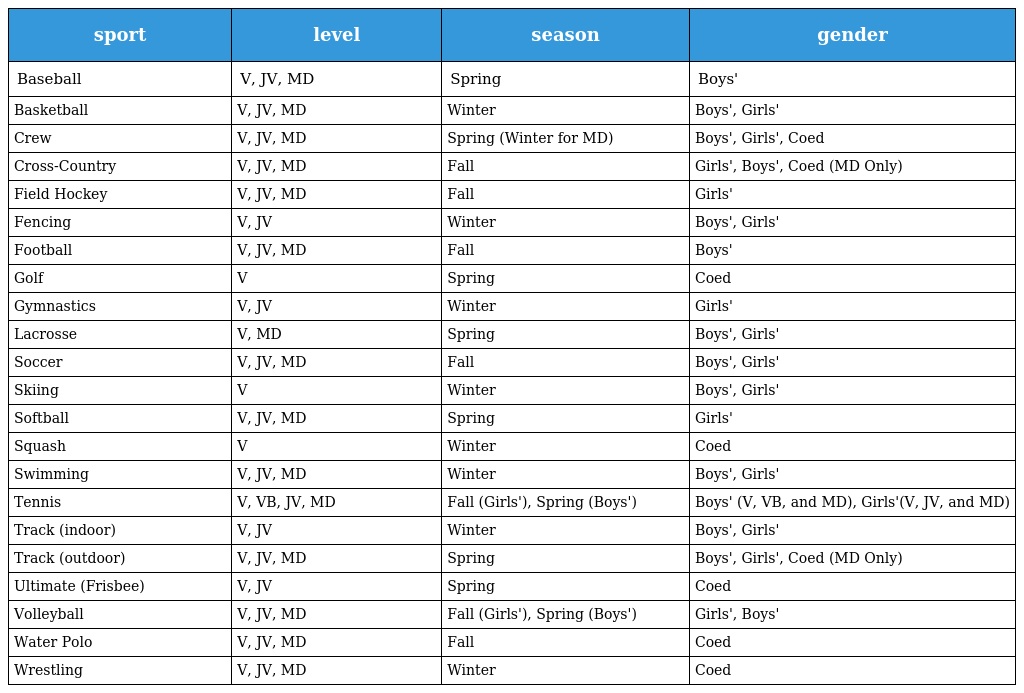
| sport | level | season | gender |
 | --- | --- | --- | --- |
 | Baseball | V, JV, MD | Spring | Boys' |
 | Basketball | V, JV, MD | Winter | Boys', Girls' |
 | Crew | V, JV, MD | Spring (Winter for MD) | Boys', Girls', Coed |
 | Cross-Country | V, JV, MD | Fall | Girls', Boys', Coed (MD Only) |
 | Field Hockey | V, JV, MD | Fall | Girls' |
 | Fencing | V, JV | Winter | Boys', Girls' |
 | Football | V, JV, MD | Fall | Boys' |
 | Golf | V | Spring | Coed |
 | Gymnastics | V, JV | Winter | Girls' |
 | Lacrosse | V, MD | Spring | Boys', Girls' |
 | Soccer | V, JV, MD | Fall | Boys', Girls' |
 | Skiing | V | Winter | Boys', Girls' |
 | Softball | V, JV, MD | Spring | Girls' |
 | Squash | V | Winter | Coed |
 | Swimming | V, JV, MD | Winter | Boys', Girls' |
 | Tennis | V, VB, JV, MD | Fall (Girls'), Spring (Boys') | Boys' (V, VB, and MD), Girls'(V, JV, and MD) |
 | Track (indoor) | V, JV | Winter | Boys', Girls' |
 | Track (outdoor) | V, JV, MD | Spring | Boys', Girls', Coed (MD Only) |
 | Ultimate (Frisbee) | V, JV | Spring | Coed |
 | Volleyball | V, JV, MD | Fall (Girls'), Spring (Boys') | Girls', Boys' |
 | Water Polo | V, JV, MD | Fall | Coed |
 | Wrestling | V, JV, MD | Winter | Coed |